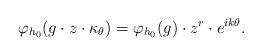
LaTeX: \begin{align*}\varphi_{h_0} (g \cdot z \cdot \kappa_\theta) = \varphi_{h_0} (g) \cdot z^r \cdot e^{i k \theta}.\end{align*}